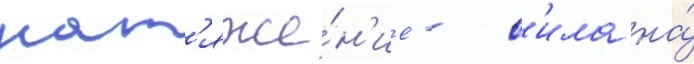
нат'яже́н'ие - с'ила на́